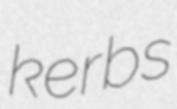
kerbs